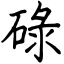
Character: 碌